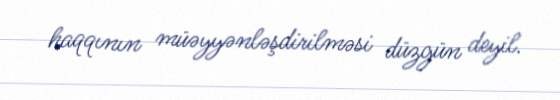
haqqının müəyyənləşdirilməsi düzgün deyil.